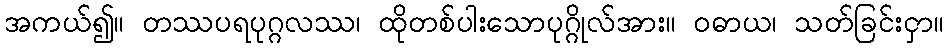
အကယ်၍။ တဿပရပုဂ္ဂလဿ၊ ထိုတစ်ပါးသောပုဂ္ဂိုလ်အား။ ဝဓာယ၊ သတ်ခြင်းငှာ။